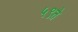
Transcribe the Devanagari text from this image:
५९ते